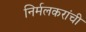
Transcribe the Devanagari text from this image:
निर्मलकरांची